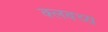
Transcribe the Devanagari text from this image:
क्लबच्य